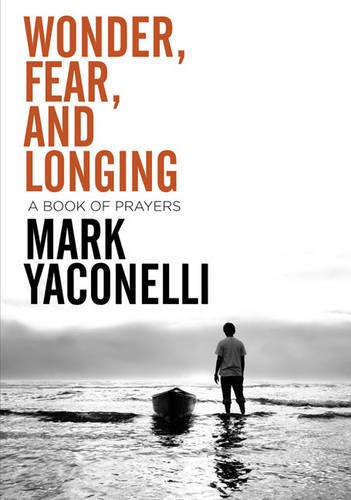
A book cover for Wonder, Fear, and Longing: A Book of Prayers; Mark Yaconelli; Christian Books & Bibles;